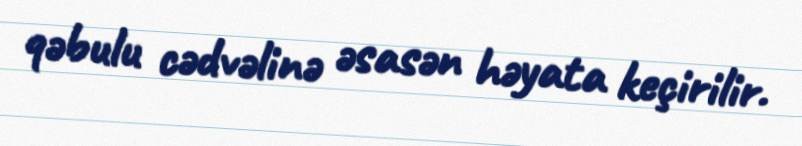
qəbulu cədvəlinə əsasən həyata keçirilir.